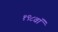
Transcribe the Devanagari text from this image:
१९८वॉ